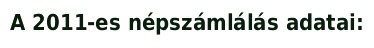
A 2011-es népszámlálás adatai: